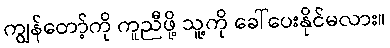
ကျွန်တော့်ကို ကူညီဖို့ သူ့ကို ခေါ်ပေးနိုင်မလား။